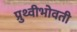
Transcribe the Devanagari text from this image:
प्रुथ्वीभोवती